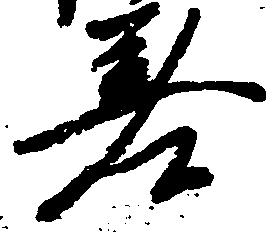
耆